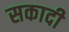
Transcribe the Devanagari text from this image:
सकादी